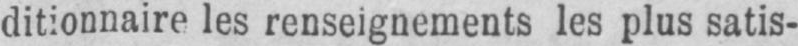
ditionnaire les renseignements les plus satis-